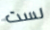
لست